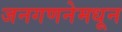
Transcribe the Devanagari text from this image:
जनगणनेमधून